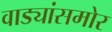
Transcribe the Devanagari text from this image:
वाड्यांसमोर